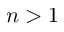
n > 1